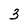
Character: 3